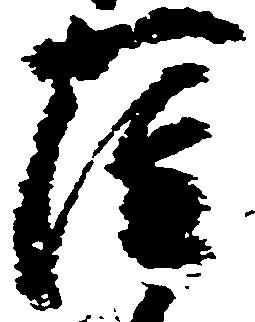
薩